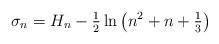
LaTeX: \begin{align*}\sigma _{n}=H_{n}-\tfrac{1}{2}\ln \left( n^{2}+n+\tfrac{1}{3}\right)\end{align*}